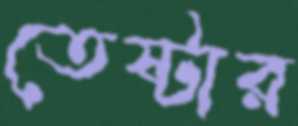
তেষ্টার